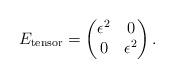
LaTeX: \begin{align*} E_{\mathrm{tensor}} = \begin{pmatrix} \epsilon^2 & 0\\ 0 & \epsilon^2 \end{pmatrix}.\end{align*}